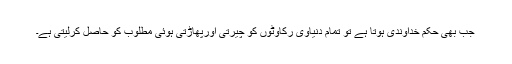
جب بھی حکم خداوندی ہوتا ہے تو تمام دنیاوی رکاوٹوں کو چیرتی اورپھاڑتی ہوئی مطلوب کو حاصل کرلیتی ہے۔